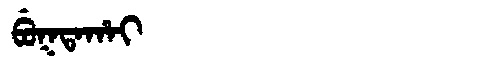
Manchu: ᠪᡠᡴᡨᠠᡥᠠᡳ
Romanization: BUKTAHAI